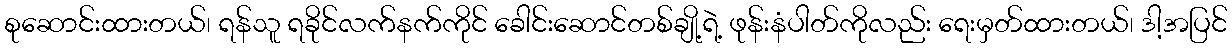
စုဆောင်းထားတယ်၊ ရန်သူ ရခိုင်လက်နက်ကိုင် ခေါင်းဆောင်တစ်ချို့ရဲ့ ဖုန်းနံပါတ်ကိုလည်း ရေးမှတ်ထားတယ်၊ ဒါ့အပြင်